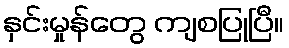
နှင်းမှုန်တွေ ကျစပြုပြီ။